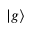
\vert g \rangle